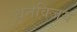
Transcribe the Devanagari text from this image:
धनविजय